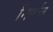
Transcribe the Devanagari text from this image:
निर्णात